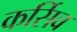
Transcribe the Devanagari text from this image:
कर्सिव